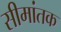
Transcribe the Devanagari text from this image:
सीमांतक